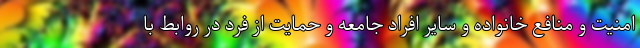
امنیت و منافع خانواده و سایر افراد جامعه و حمایت از فرد در روابط با